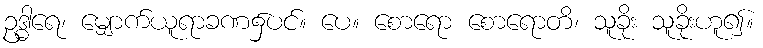
ဥဒ္ဓါရေ၊ မျှောက်ယူရာခဏ၌ပင်။ ပေ။ စောရော စောရောတိ၊ သူခိုး သူခိုးဟူ၍။